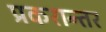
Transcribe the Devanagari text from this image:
प्रकरान्तर